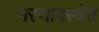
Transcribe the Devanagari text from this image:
मरणावस्थेत